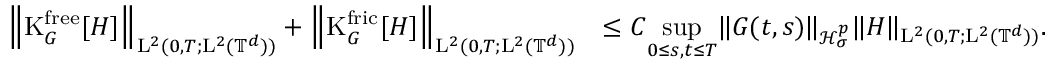
\begin{array} { r l } { \Big \Vert \mathrm { K } _ { G } ^ { \mathrm { f r e e } } [ H ] \Big \Vert _ { \mathrm { L } ^ { 2 } ( 0 , T ; \mathrm { L } ^ { 2 } ( \mathbb T ^ { d } ) ) } + \Big \Vert \mathrm { K } _ { G } ^ { \mathrm { f r i c } } [ H ] \Big \Vert _ { \mathrm { L } ^ { 2 } ( 0 , T ; \mathrm { L } ^ { 2 } ( \mathbb T ^ { d } ) ) } } & { \leq C \underset { 0 \leq s , t \leq T } { \operatorname* { s u p } } \Vert G ( t , s ) \Vert _ { \mathcal { H } _ { \sigma } ^ { p } } \Vert H \Vert _ { \mathrm { L } ^ { 2 } ( 0 , T ; \mathrm { L } ^ { 2 } ( \mathbb T ^ { d } ) ) } . } \end{array}